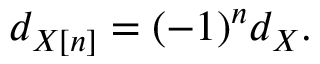
d _ { X [ n ] } = ( - 1 ) ^ { n } d _ { X } .